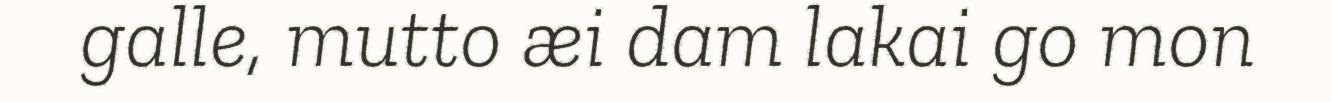
galle, mutto æi dam lakai go mon